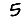
Digit: 5